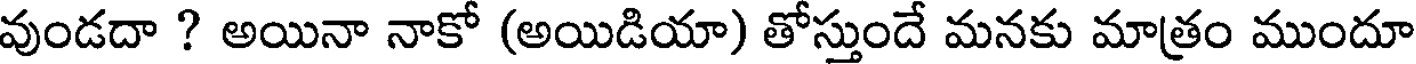
వుండదా ? అయినా నాకో (అయిడియా) తోస్తుందే మనకు మాత్రం ముందూ